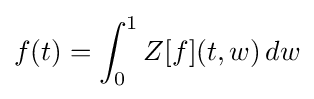
f(t)=\int _{0}^{1}Z[f](t,w)\,dw